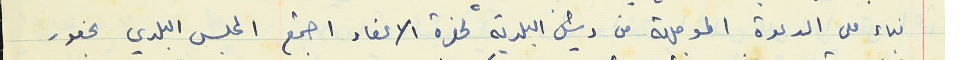
بناء على الدعوة الموجهة من رئيس البلدية لحضرة الاعضاء اجتمع المجلس البلدي بحضور